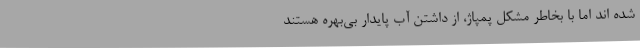
شده اند اما با بخاطر مشکل پمپاژ، از داشتن آب پایدار بی‌بهره هستند